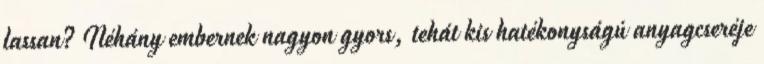
lassan? Néhány embernek nagyon gyors, tehát kis hatékonyságú anyagcseréje